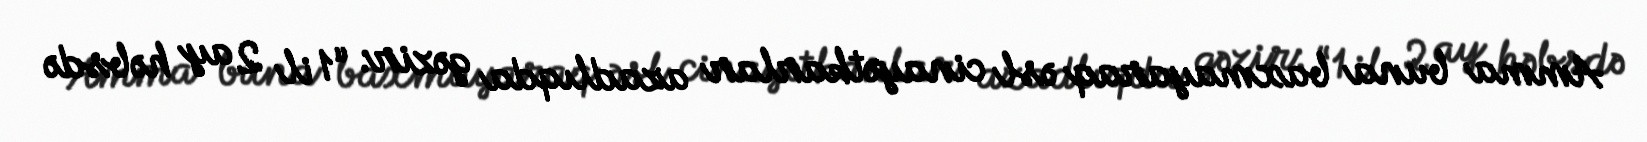
Amma buna baxmayaraq əsl cinayətkarlar azadlıqda gəzir: “1 il 2 ay həbsdə